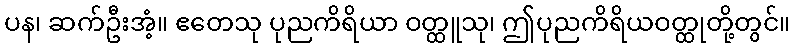
ပန၊ ဆက်ဦးအံ့။ ဧတေသု ပုညကိရိယာ ဝတ္ထူသု၊ ဤပုညကိရိယဝတ္ထုတို့တွင်။